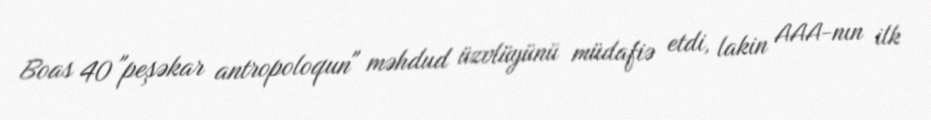
Boas 40 "peşəkar antropoloqun" məhdud üzvlüyünü müdafiə etdi, lakin AAA-nın ilk